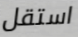
استقل